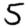
Digit: 5